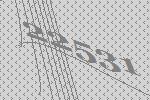
22531